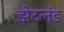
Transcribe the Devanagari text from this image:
झेटलंड